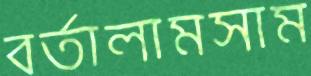
বর্তালামসাম